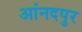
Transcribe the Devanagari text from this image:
आंनदपुर